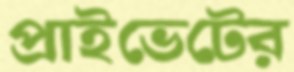
প্রাইভেটের